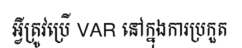
អ្វីត្រូវប្រើ VAR នៅក្នុងការប្រកួត